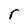
Character: r